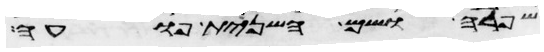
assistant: שפרה ושם השנית פועה